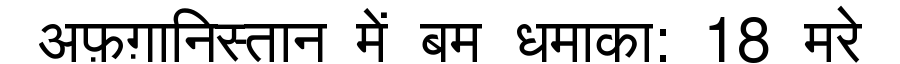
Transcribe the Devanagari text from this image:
अफ़ग़ानिस्तान में बम धमाका: 18 मरे